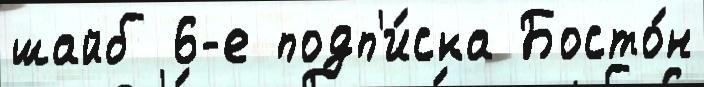
шайб 6-е подп'и́ска Босто́н